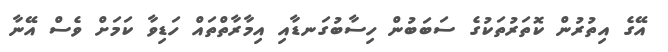
އޭގެ އިތުރުން ކޮތަރުތަކުގެ ސަބަބުން ހިސާބުގަނޑާއި އިމާރާތްތައް ހަޑިވާ ކަމަށް ވެސް އޭނާ